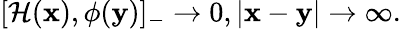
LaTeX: [{\cal H}({\mathbf x}),\phi({\mathbf y})]_{-}\rightarrow 0,|{\mathbf x}-{\mathbf y}|\rightarrow\infty.